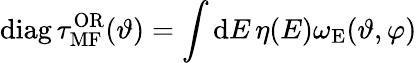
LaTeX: \mathrm{diag}\, \tau_{\mathrm{MF}}^{\mathrm{OR}}(\vartheta)=\int\mathrm{d}E\, \eta(E)\omega_{\mathrm{E}}(\vartheta,\varphi)